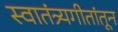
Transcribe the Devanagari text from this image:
स्वातंत्र्यगीतांतून